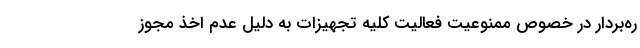
ره‌بردار در خصوص ممنوعیت فعالیت کلیه تجهیزات به دلیل عدم اخذ مجوز